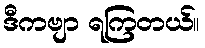
ဒီကဗျာ ရကြတယ်။